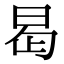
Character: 𭥭